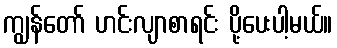
ကျွန်တော် ဟင်းလျာစာရင်း ပို့ပေးပါ့မယ်။